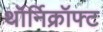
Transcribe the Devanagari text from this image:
थॉर्निक्रॉफ्ट